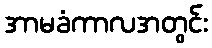
အာမခံကာလအတွင်း